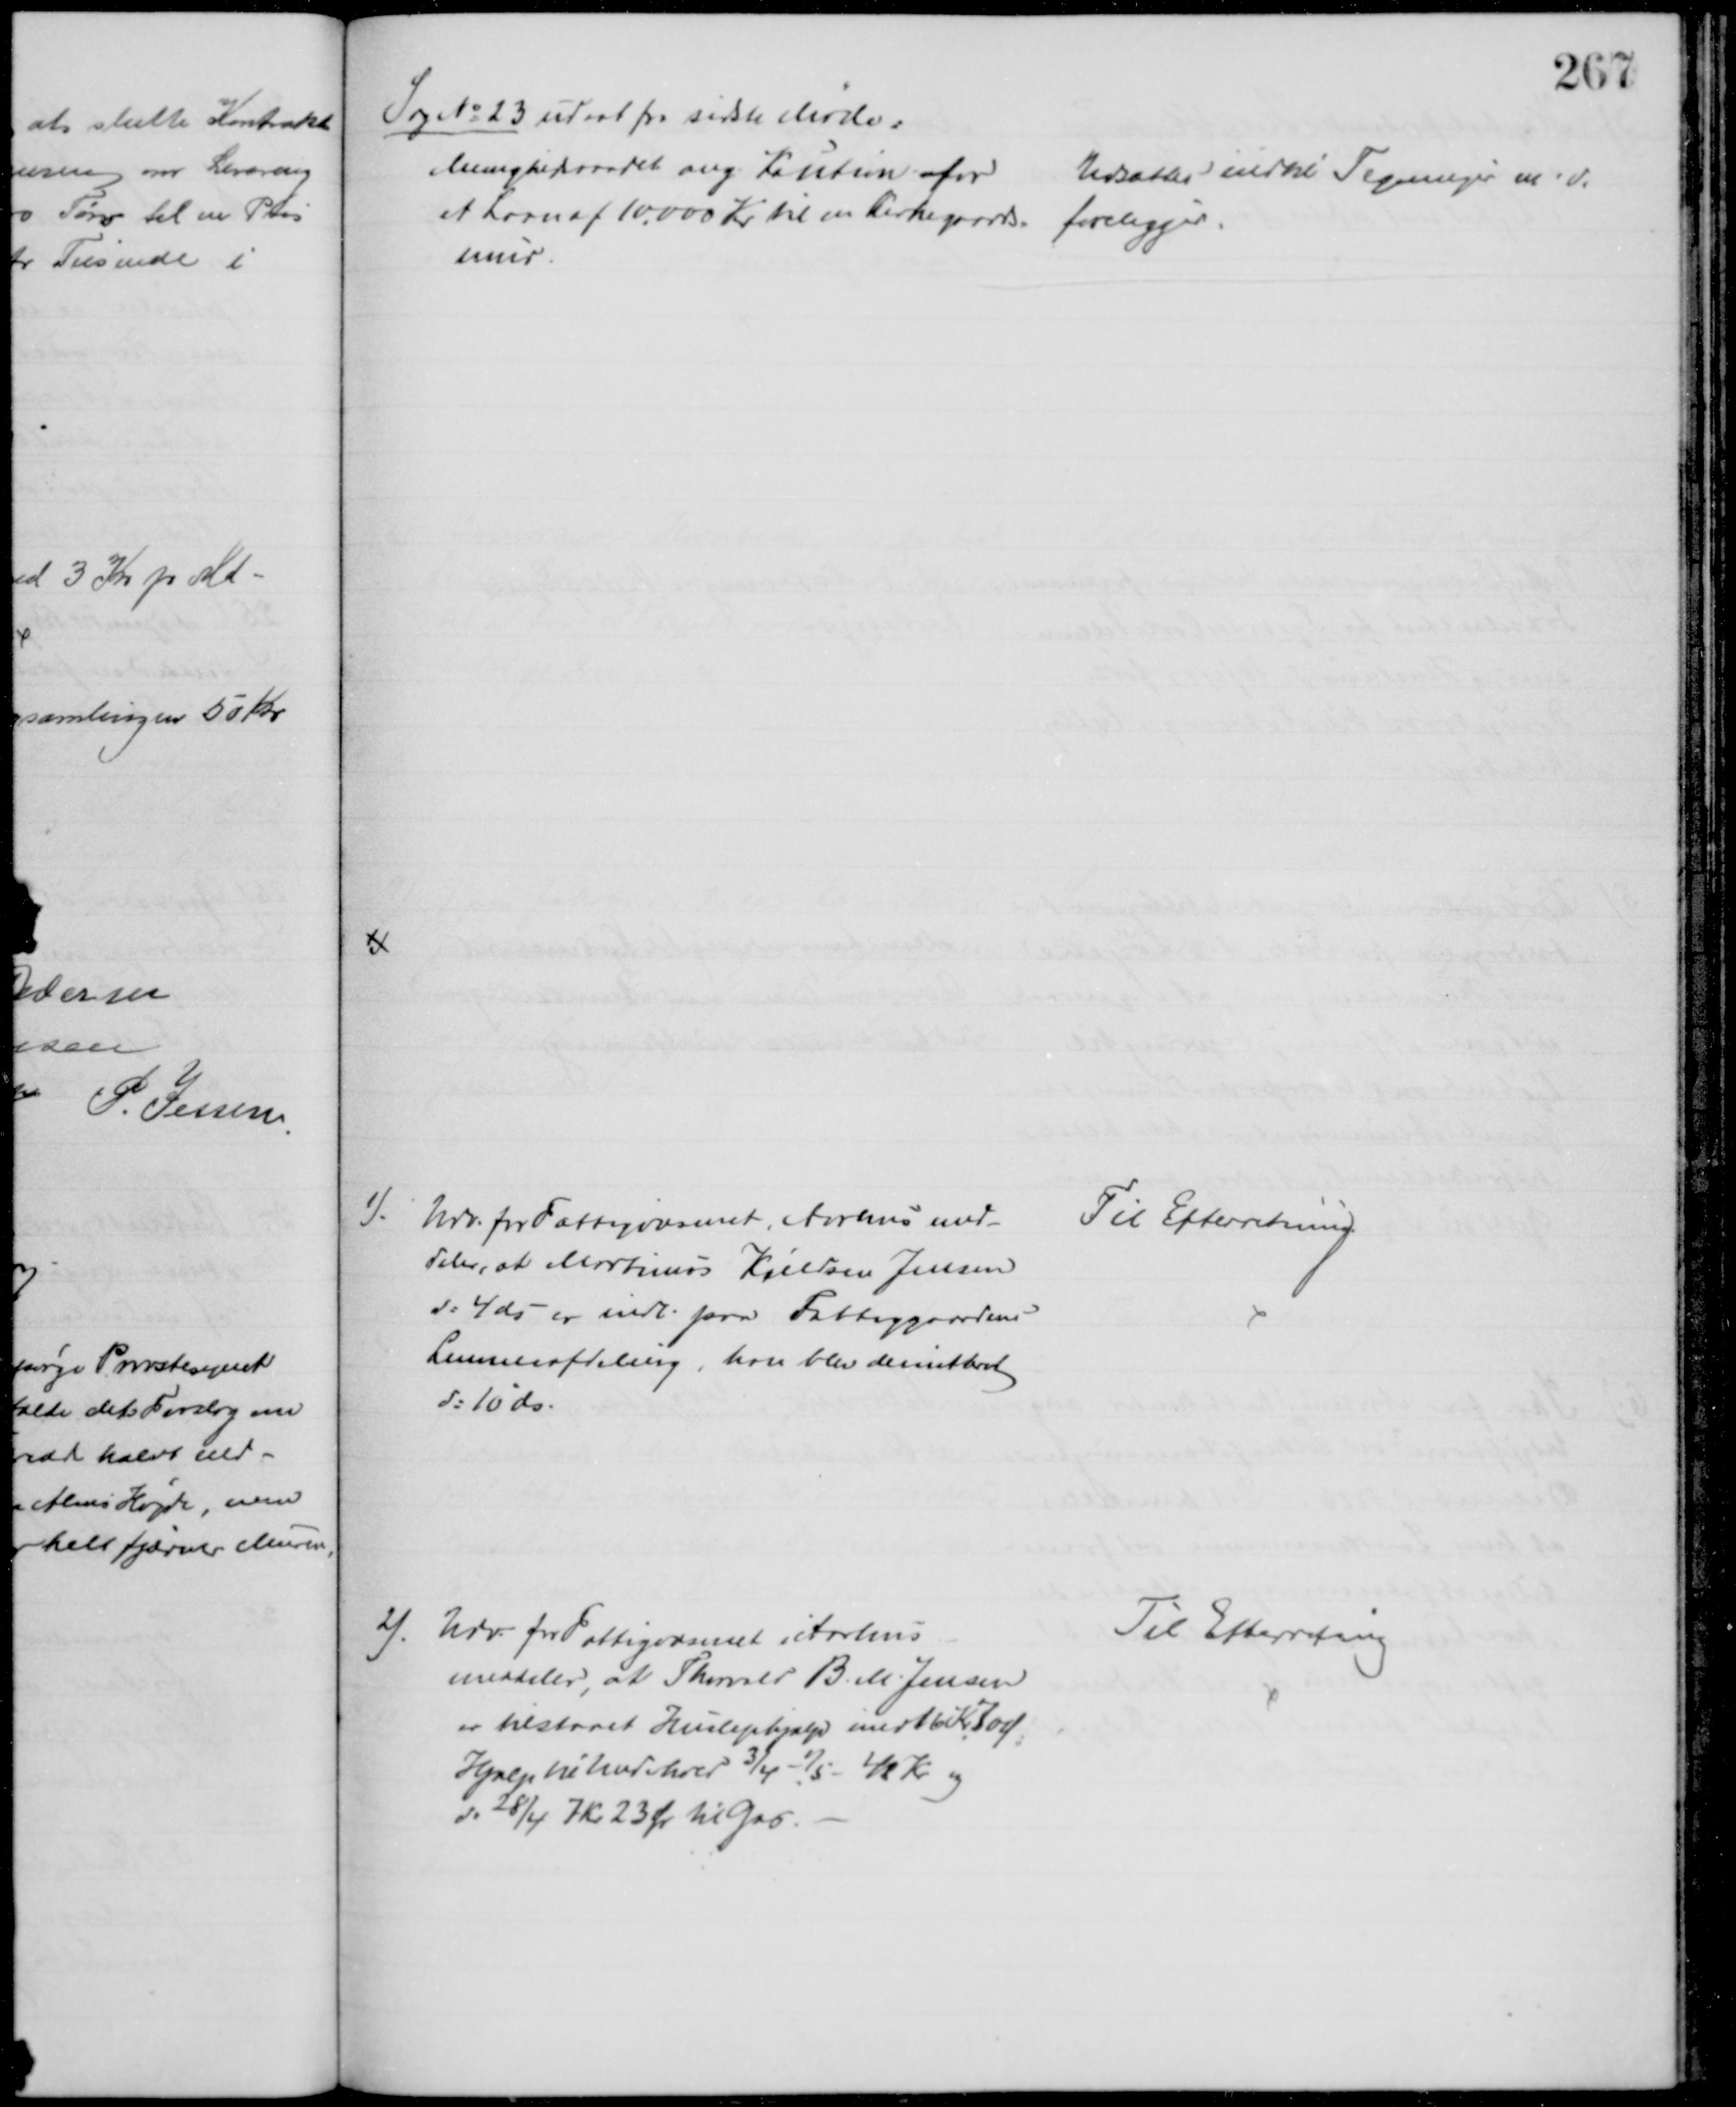
Transskription:
Sag № 23 udsat fra sidste Møde:
Menighedsraadet ang. Kaution for 
et Laan af 10.000 Kr til en Kirkegaards 
mur
Udsattes indtil Tegninger m. v.
foreligger
1). 
Udv. for Fattigvæsenet, Aarhus med-
deler, at Martinus Kjeldsen Jensen
d: 4 ds er indl. paa Fattiggaardens
Lemmeafdeling, han blev demitteret
d: 10 ds:
Til Efterretning
2)
Udv. for Fattigvæsenet i Aarhus
meddeler, at Thorvald B. M. Jensen
er tilstaaet Huslejehjælp med 16 Kr. 70 Ø
Hjælp til Underhold 3/4 - 1/5 - 48 Kr og
d. 28/4 7 Kr 23 Ør til Gas.
Til Efterretning